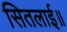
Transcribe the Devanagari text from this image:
सितलाई॥